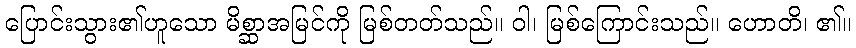
ပြောင်းသွား၏ဟူသော မိစ္ဆာအမြင်ကို မြစ်တတ်သည်။ ဝါ၊ မြစ်ကြောင်းသည်။ ဟောတိ၊ ၏။